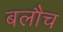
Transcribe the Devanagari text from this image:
बलौच